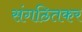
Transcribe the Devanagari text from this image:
संगठितकर